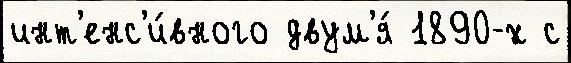
инт'енс'и́вного двум'я́ 1890-х с